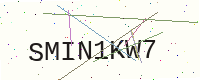
Text: SMIN1KW7